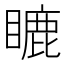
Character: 𥉶